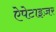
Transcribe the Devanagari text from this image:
ऐपेटाइज़र